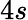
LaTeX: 4s